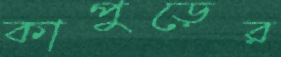
কাপুড়ের